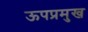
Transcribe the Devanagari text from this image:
ऊपप्रमुख